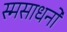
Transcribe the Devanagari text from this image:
स्मसाधनो